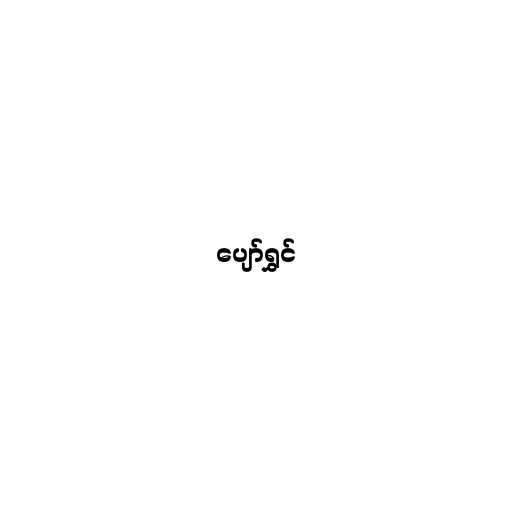
ပျော်ရွှင်